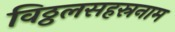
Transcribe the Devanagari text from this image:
विठ्ठलसहस्रनाम